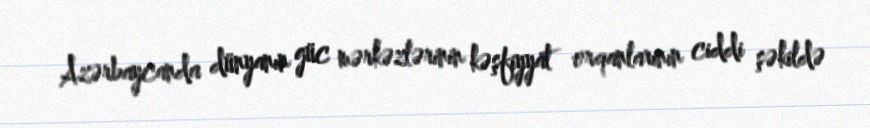
Azərbaycanda dünyanın güc mərkəzlərinin kəşfiyyat orqanlarının ciddi şəkildə